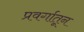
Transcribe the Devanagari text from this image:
प्रवर्गातून